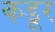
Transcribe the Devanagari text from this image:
कडूर